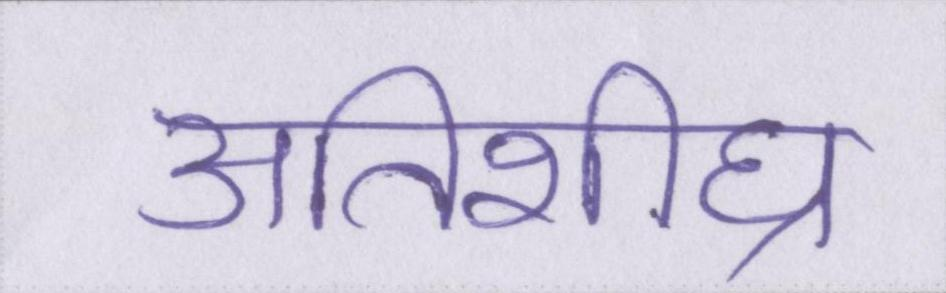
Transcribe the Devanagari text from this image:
अतिशीघ्र